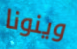
وينونا